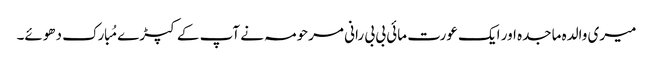
میری والدہ ماجدہ اور ایک عورت مائی بی بی رانی مرحومہ نے آپ کے کپڑے مُبارک دھوئے۔